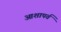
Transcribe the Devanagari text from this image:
आशापर्व